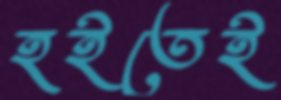
হইতেই